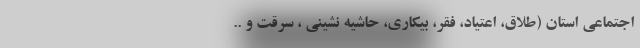
اجتماعی استان (طلاق، اعتیاد، فقر، بیکاری، حاشیه نشینی ، سرقت و ..